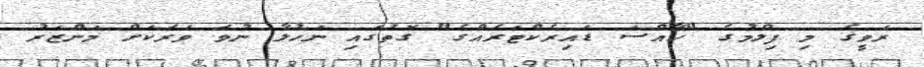
ރަވީގެ މި ފިލްމުގެ "ހާއްސަ ޑައިރެކްޓަރެއްގެ" ގޮތުގައި ނަހުލާ ނުވަ ވަރަކަށް މަންޒަރު